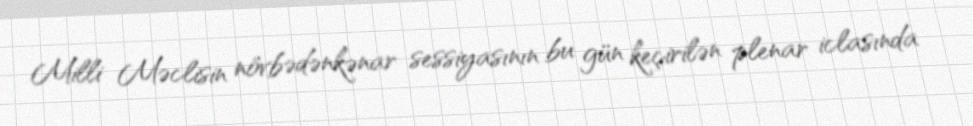
Milli Məclisin növbədənkənar sessiyasının bu gün keçirilən plenar iclasında